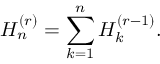
H _ { n } ^ { ( r ) } = \sum _ { k = 1 } ^ { n } H _ { k } ^ { ( r - 1 ) } .